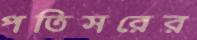
পতিসরের